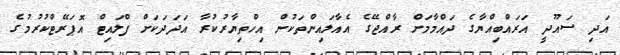
އަދި ސައޫދީ އަރައްބިއްޔާގެ ދައްމާމަށް ރާއްޖޭގެ އެއާލައިންތަކުން އިހްތިޔާރުކުރާ އަދަދަކަށް ފްލައިޓް އޮޕަރޭޓްކުރުމުގެ